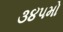
૩૪૫મો